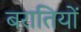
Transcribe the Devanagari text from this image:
बरातियों